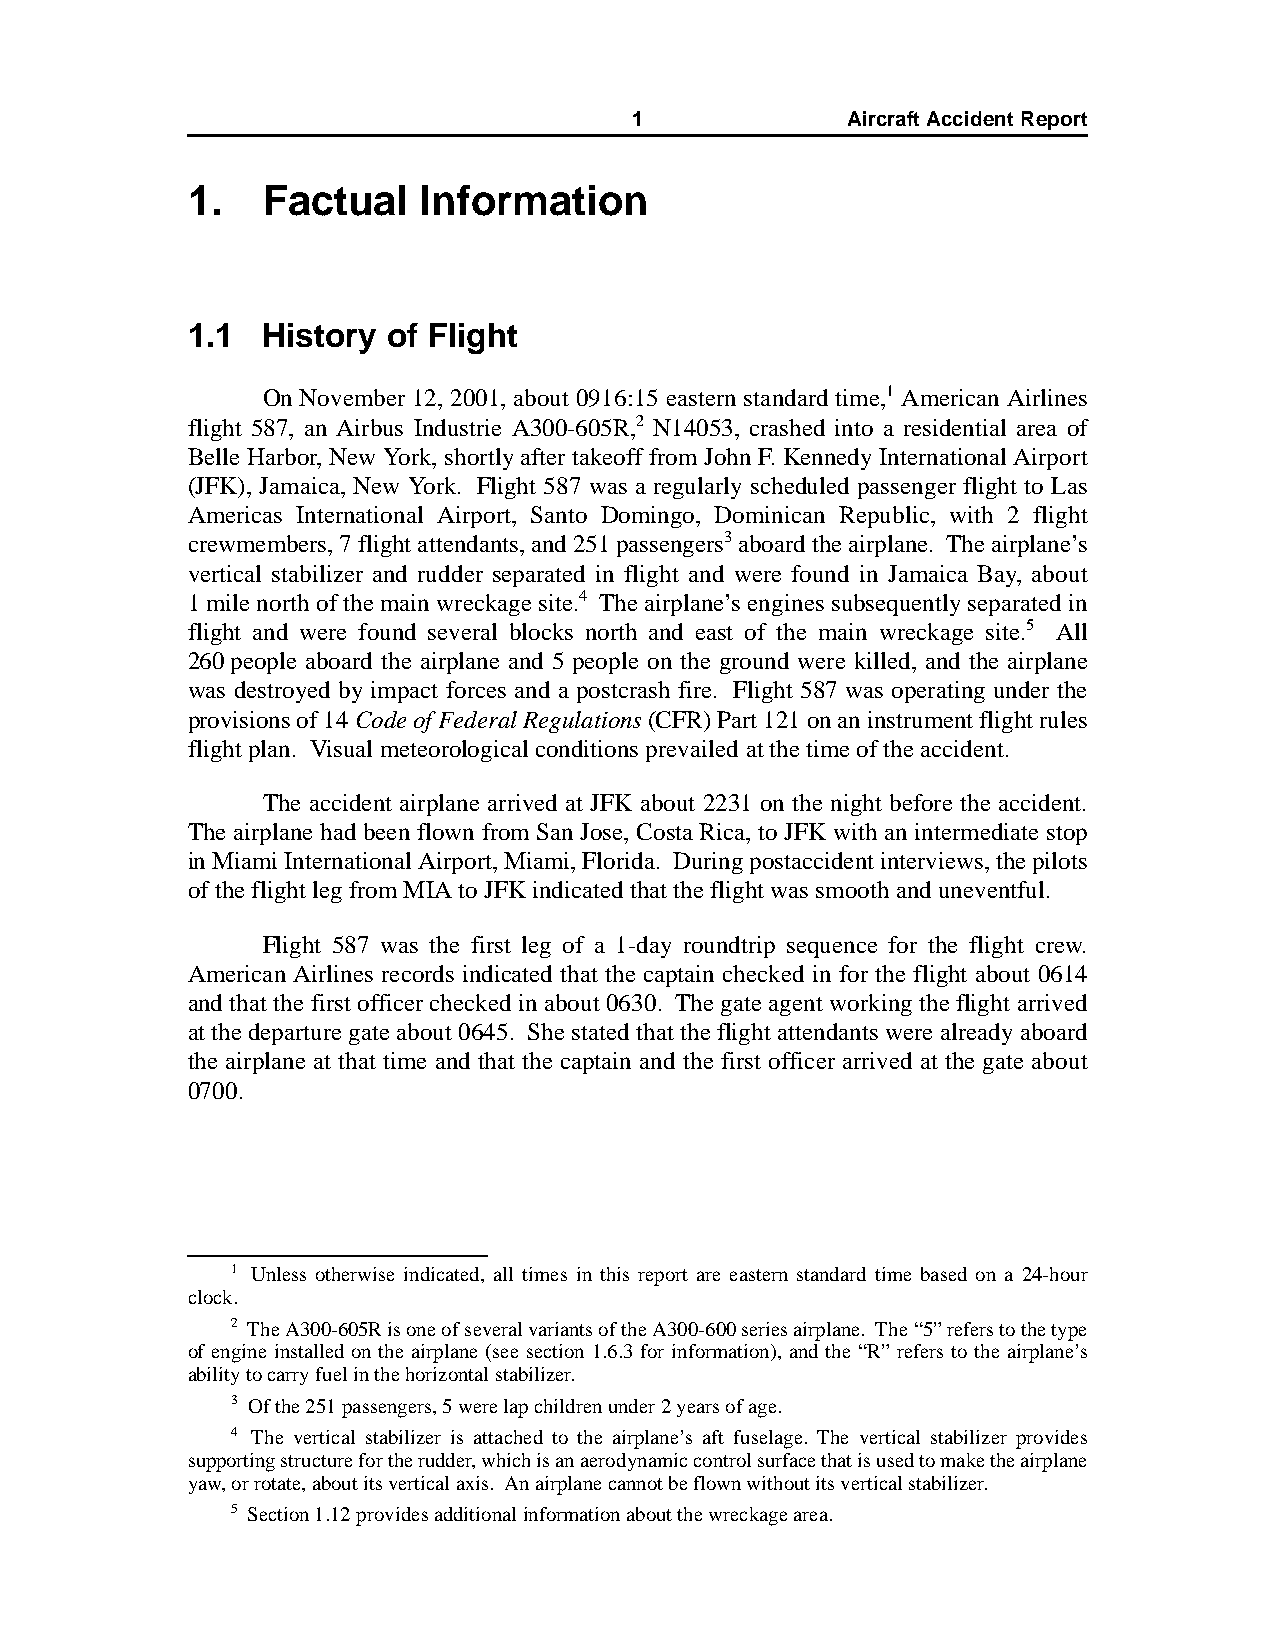
1             AircraftAccidentReport
 1.   Factual    Information
 1.1  History  of Flight
 On November 12, 2001, about 0916:15 eastern standard time,1 American Airlines
 flight 587, an Airbus Industrie A300-605R,2 N14053, crashed into a residential area of
 Belle Harbor, New York, shortly after takeoff from John F. Kennedy International Airport
 (JFK), Jamaica, New York. Flight 587 was a regularly scheduled passenger flight to Las
 Americas International Airport, Santo Domingo, Dominican Republic, with 2 flight
 crewmembers, 7 flight attendants, and 251 passengers3 aboard the airplane. The airplane’s
 vertical stabilizer and rudder separated in flight and were found in Jamaica Bay, about
 1 mile north of the main wreckage site.4 The airplane’s engines subsequently separated in
 flight and were found several blocks north and east of the main wreckage site.5 All
 260people aboard the airplane and 5 people on the ground were killed, and the airplane
 was destroyed by impact forces and a postcrash fire. Flight 587 was operating under the
 provisions of 14 Code of Federal Regulations (CFR) Part 121 on an instrument flight rules
 flight plan. Visual meteorological conditions prevailed at the time of the accident.
 The accident airplane arrived at JFK about 2231 on the night before the accident.
 The airplane had been flown from San Jose, Costa Rica, to JFK with an intermediate stop
 in Miami International Airport, Miami, Florida. During postaccident interviews, the pilots
 of the flight leg from MIA to JFK indicated that the flight was smooth and uneventful.
 Flight 587 was the first leg of a 1-day roundtrip sequence for the flight crew.
 American Airlines records indicated that the captain checked in for the flight about 0614
 and that the first officer checked in about 0630. The gate agent working the flight arrived
 at the departure gate about 0645. She stated that the flight attendants were already aboard
 the airplane at that time and that the captain and the first officer arrived at the gate about
 0700.
 1 Unless otherwise indicated, all times in this report are eastern standard time based on a 24-hour
 clock.
 2 The A300-605R is one of several variants of the A300-600 series airplane. The “5” refers to the type
 of engine installed on the airplane (see section 1.6.3 for information), and the “R” refers to the airplane’s
 ability to carry fuel in the horizontal stabilizer.
 3 Of the 251 passengers, 5 were lap children under 2 years of age.
 4 The vertical stabilizer is attached to the airplane’s aft fuselage. The vertical stabilizer provides
 supporting structure for the rudder, which is an aerodynamic control surface that is used to make the airplane
 yaw, or rotate, about its vertical axis. An airplane cannot be flown without its vertical stabilizer.
 5 Section 1.12 provides additional information about the wreckage area.